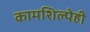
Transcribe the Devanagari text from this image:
कामशिल्पेही